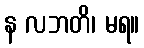
န လဘတိ၊ မရ။